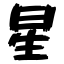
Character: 星